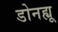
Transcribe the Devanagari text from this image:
डोनह्यू